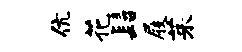
伉花髫屐茱